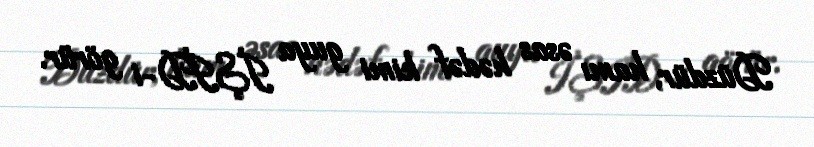
Düzdür, hamı əsas hədəf kimi guya İŞİD-i görür.